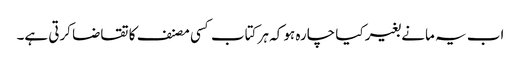
اب یہ مانے بغیر کیا چارہ ہو کہ ہر کتاب کسی مصنف کا تقاضا کرتی ہے۔